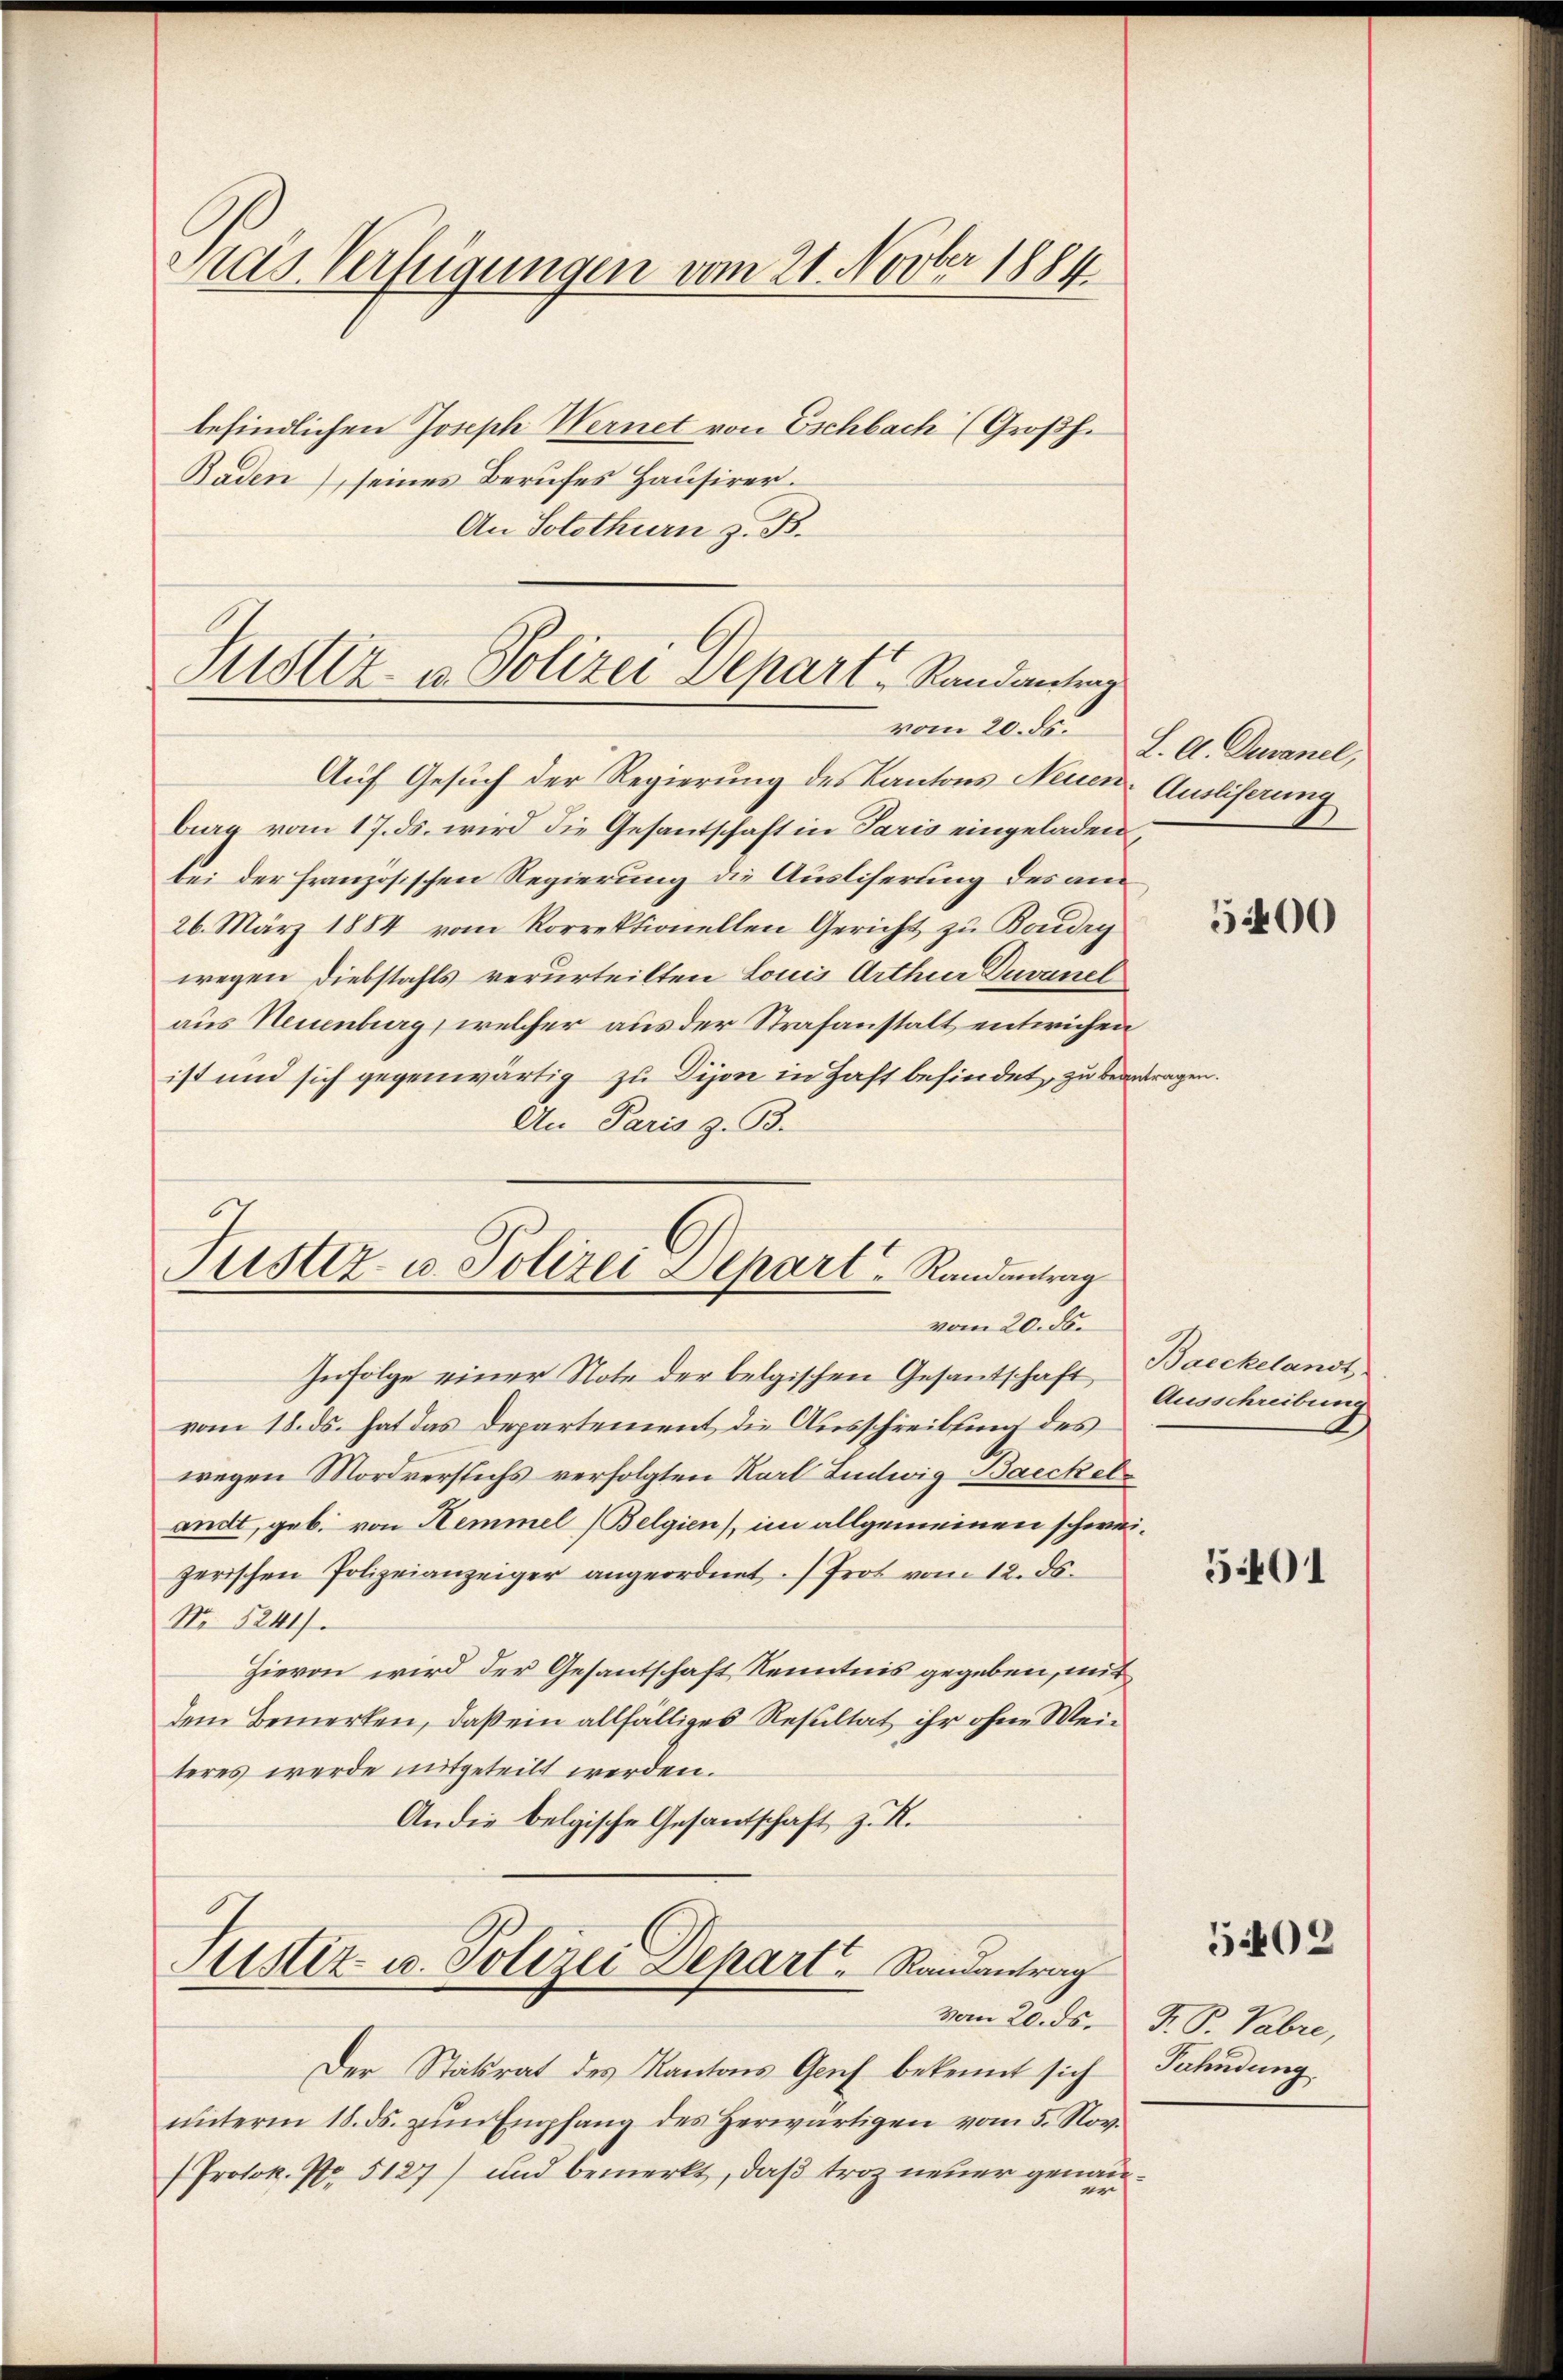
Mas Verfügungen vom 21. Novber 1884
befindlichen Joseph Wernet von Eschbach (Großh.
Baden), seines Berufes Hausirer.

An Solothurn z. B.

Justiz- u. Polizei Depart, Randantrag
vom 20. ds.

Auf Gesuch der Regierung des Kantons Neuen Ausliserung
big vom 17. ds. wird die Gesantschaft in Paris eingeladen,
bei der französischen Regierung die Ausliserung des an
26. März 1884 vom Korrektionellen Gericht zu Boudry
wegen Diebstahls verurteilten Louis Arthur Duvanel
aus Neuenburg, welcher aus der Strafanstalt entwichen
ist und sich gegenwärtig zu Dijon in Hast befindet, zu beantrag
An Paris z. B.

Justiz- u. Polizei Depart Randantrag
vom 20. ds.

Justiz- u. Polizei Depart.   Randantrag

Infolge einer Note der belgischen Gesantschaft Baeckelandt
vom 18. ds. hat das Departement die Ausschreibung des
wegen Mordverstichs verfolgten Karl Ludwig Baeckelandt, geb. von Hemmel (Belgien), im allgemeinen schweizerischen Polizeianzeiger angeordnet.) Prot vom 12. ds.
No. 5241).
Hievon wird der Gesantschaft Kenntnis gegeben, mit
dem Bemerken, daß ein allfälliges Resultat ihr ohne Weiteres werde mitgeteilt werden.
Andie belgische Gesandtschaft z. R.

L. A. Devanel,

Der Statrat des Kantons Genf bekennt sich
ŭnterm 18. ds. zŭm Empfang des herwärtigen vom 5. Nov.
Protok. No 5127) und bemerkt, daß troz neuer genanne

5400

Ausschreibung

501

vom 20. ds. F. P. Fabri,
Fahndung

5409